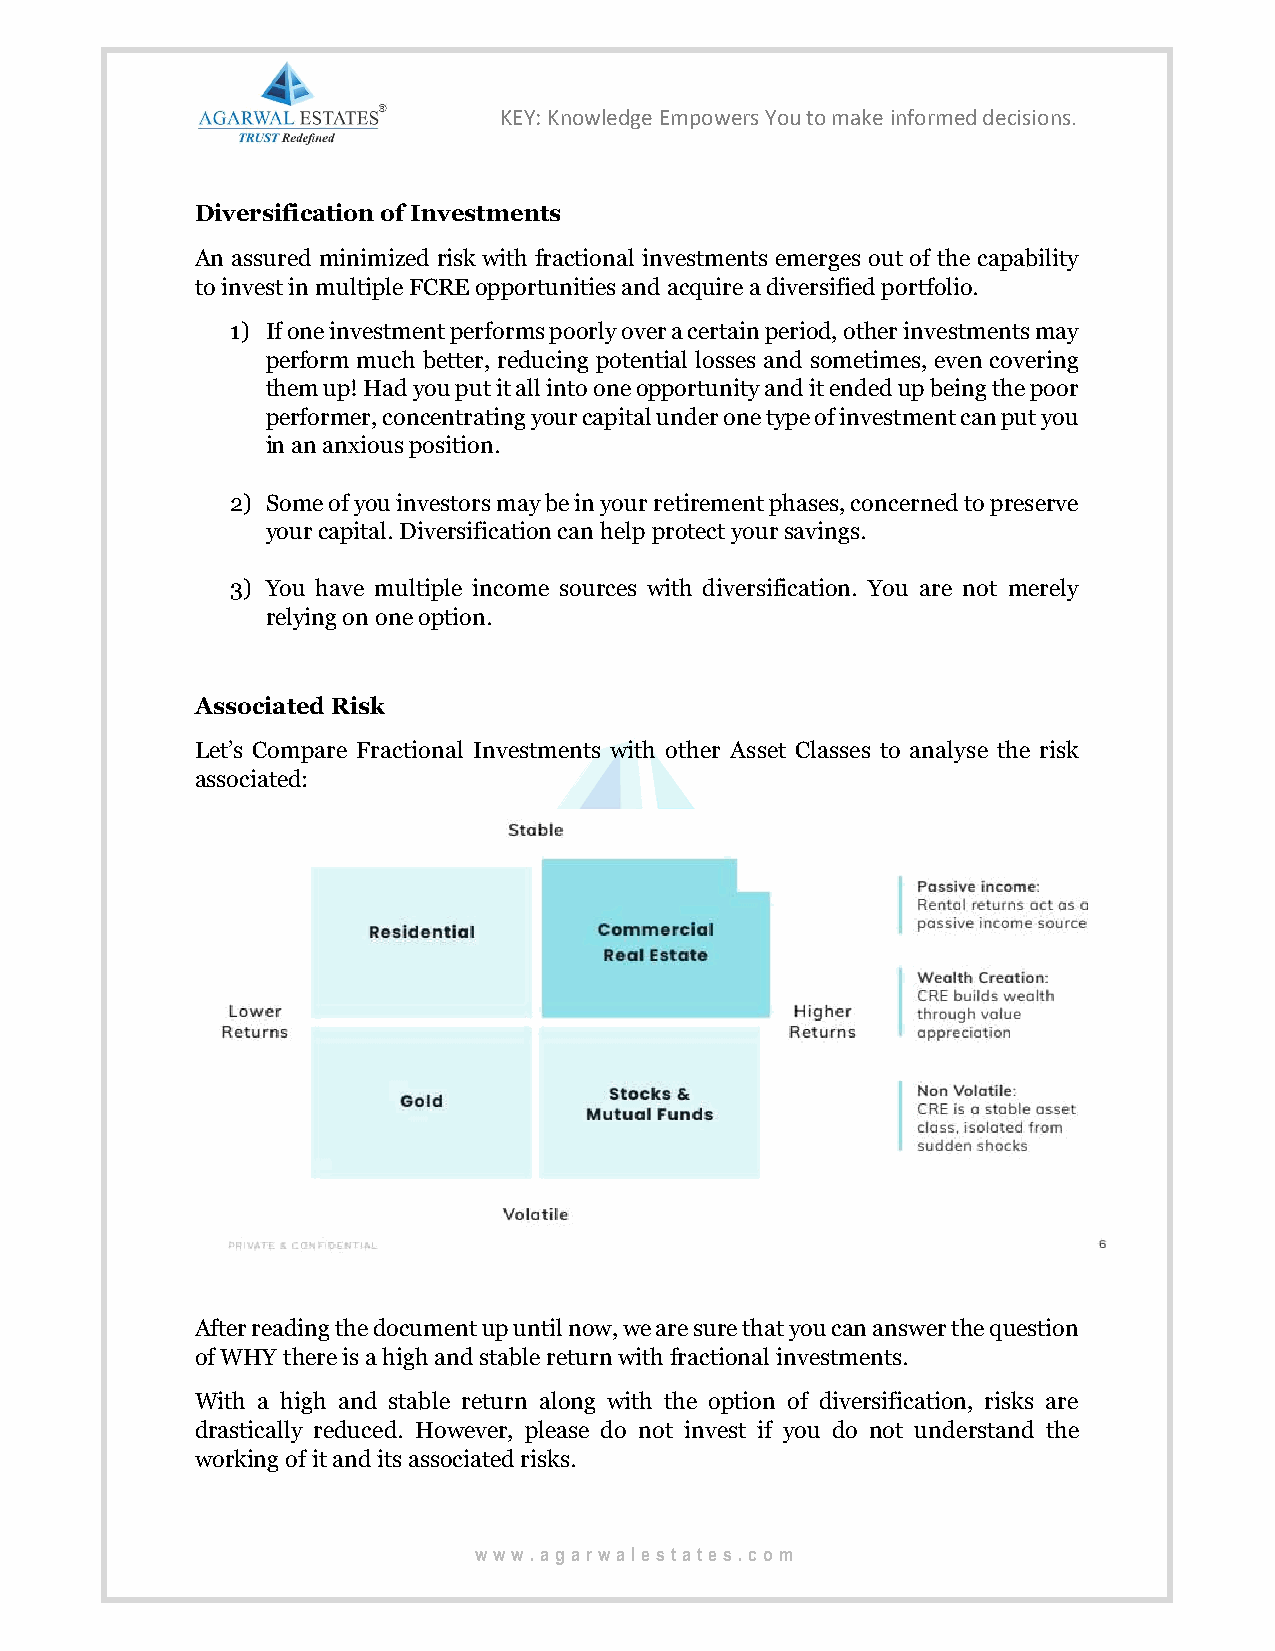
KEY: Knowledge Empowers You to make informed decisions.
 Diversification of Investments
 An assured minimized risk with fractional investments emerges out of the capability
 to invest in multiple FCRE opportunities and acquire a diversified portfolio.
 1) If one investment performs poorly over a certain period, other investments may
 perform much better, reducing potential losses and sometimes, even covering
 them up! Had you put it all into one opportunity and it ended up being the poor
 performer, concentrating your capital under one type of investment can put you
 in an anxious position.
 2) Some of you investors may be in your retirement phases, concerned to preserve
 your capital. Diversification can help protect your savings.
 3) You have multiple income sources with diversification. You are not merely
 relying on one option.
 Associated Risk
 Let’s Compare Fractional Investments with other Asset Classes to analyse the risk
 associated:
 After reading the document up until now, we are sure that you can answer the question
 of WHY there is a high and stable return with fractional investments.
 With a high and stable return along with the option of diversification, risks are
 drastically reduced. However, please do not invest if you do not understand the
 working of it and its associated risks.
 www .agarwalestates.com